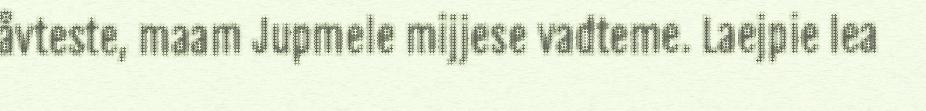
åvteste, maam Jupmele mijjese vadteme. Laejpie lea